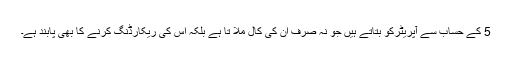
5 کے حساب سے آپریٹرکو بتاتے ہیں جو نہ صرف ان کی کال ملا تا ہے بلکہ اس کی ریکارڈنگ کرنے کا بھی پابند ہے۔